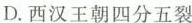
D.西汉王朝四分五裂